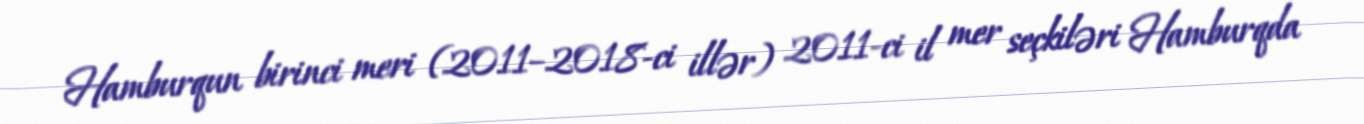
Hamburqun birinci meri (2011–2018-ci illər) 2011-ci il mer seçkiləri Hamburqda